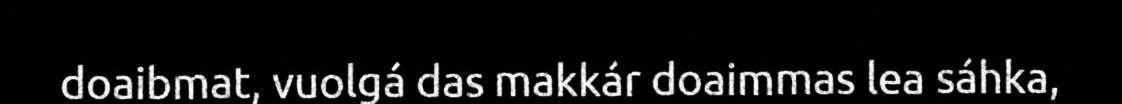
doaibmat, vuolgá das makkár doaimmas lea sáhka,